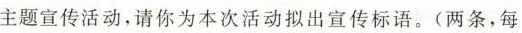
主题宣传活动，请你为本次活动拟出宣传标语。(两条，每